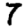
Digit: 7